system: You are a helpful assistant.
user:
Analyze the provided spectrum to determine if it is a **"Cataclysmic Variables (CV)"**.

- **Key Indicators for CV (Check for either state):**
    - **State 1: Quiescent / Low-State (Emission-Dominated)**
        - **(Primary):** Strong and *very broad* Hydrogen Balmer emission lines (e.g., $H\alpha$ at 6563 Å, $H\beta$ at 4861 Å). The 'broadness' (high velocity dispersion, often FWHM > 1000 km/s) is the key diagnostic, indicating a high-velocity accretion disk.
        - **(Secondary):** Broad neutral Helium (He I) emission lines (e.g., 5876 Å, 6678 Å).
        - **(Key Confirmation):** Presence of high-excitation *ionized* Helium (He II) emission at 4686 Å. This is a strong indicator of accretion onto a white dwarf.
        - **(Line Profile):** Emission lines may exhibit a 'double-peaked' profile, which is a classic signature of a rotating accretion disk viewed at high inclination.

    - **State 2: Outburst / High-State (Absorption-Dominated)**
        - **(Primary):** Spectrum is dominated by a bright, blue continuum (looks like a hot star).
        - **(Secondary):** The emission lines from State 1 are weak, absent, or 'filled in', and are replaced by broad, shallow *absorption* lines (primarily Balmer and He I).
        - **(Morphology):** The overall spectrum mimics a hot B/A-type star. The crucial difference is that the absorption lines are significantly broader, shallower, and more 'washed-out' (or 'smeared') than the sharp lines of a normal stellar photosphere, due to high rotational speeds and pressure broadening in the disk.

Think first, call **spectral_visualization_tool** if needed to examine features in detail, then provide your final answer. Your response must adhere to the following strict rules:
1.  **Overall Structure:** Your response must follow the format `<think>...</think> <tool_call>...</tool_call> (if a tool is used) <answer>...</answer>`.
2.  **Tool Usage Constraint:** You may only make **one** tool call per turn.
3.  **Final Answer Format:** In the `<answer>` tag, your conclusion must be inside a `\boxed{}` command (e.g., `\boxed{YES}`), followed by your justification.

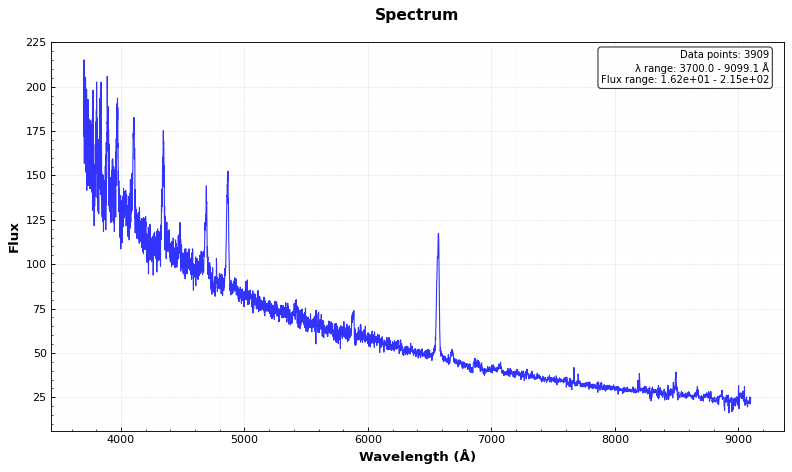
Answer: YES